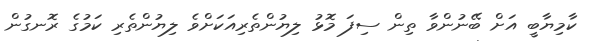
ކާމިޔާބީ އަށް ބޭނުންވާ ތިން ސިފަ މޮޅު ލިޔުންތެރިއަކަށްވެ ލިޔުންތެރި ކަމުގެ ރޮނގުން